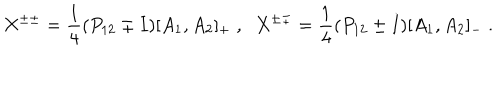
LaTeX: X ^ { \pm \pm } = \frac { 1 } { 4 } ( P _ { 1 2 } \pm I ) [ A _ { 1 } , A _ { 2 } ] _ { + } \; , \; \; X ^ { \pm \mp } = \frac { 1 } { 4 } ( P _ { 1 2 } \pm I ) [ A _ { 1 } , A _ { 2 } ] _ { - } \; .